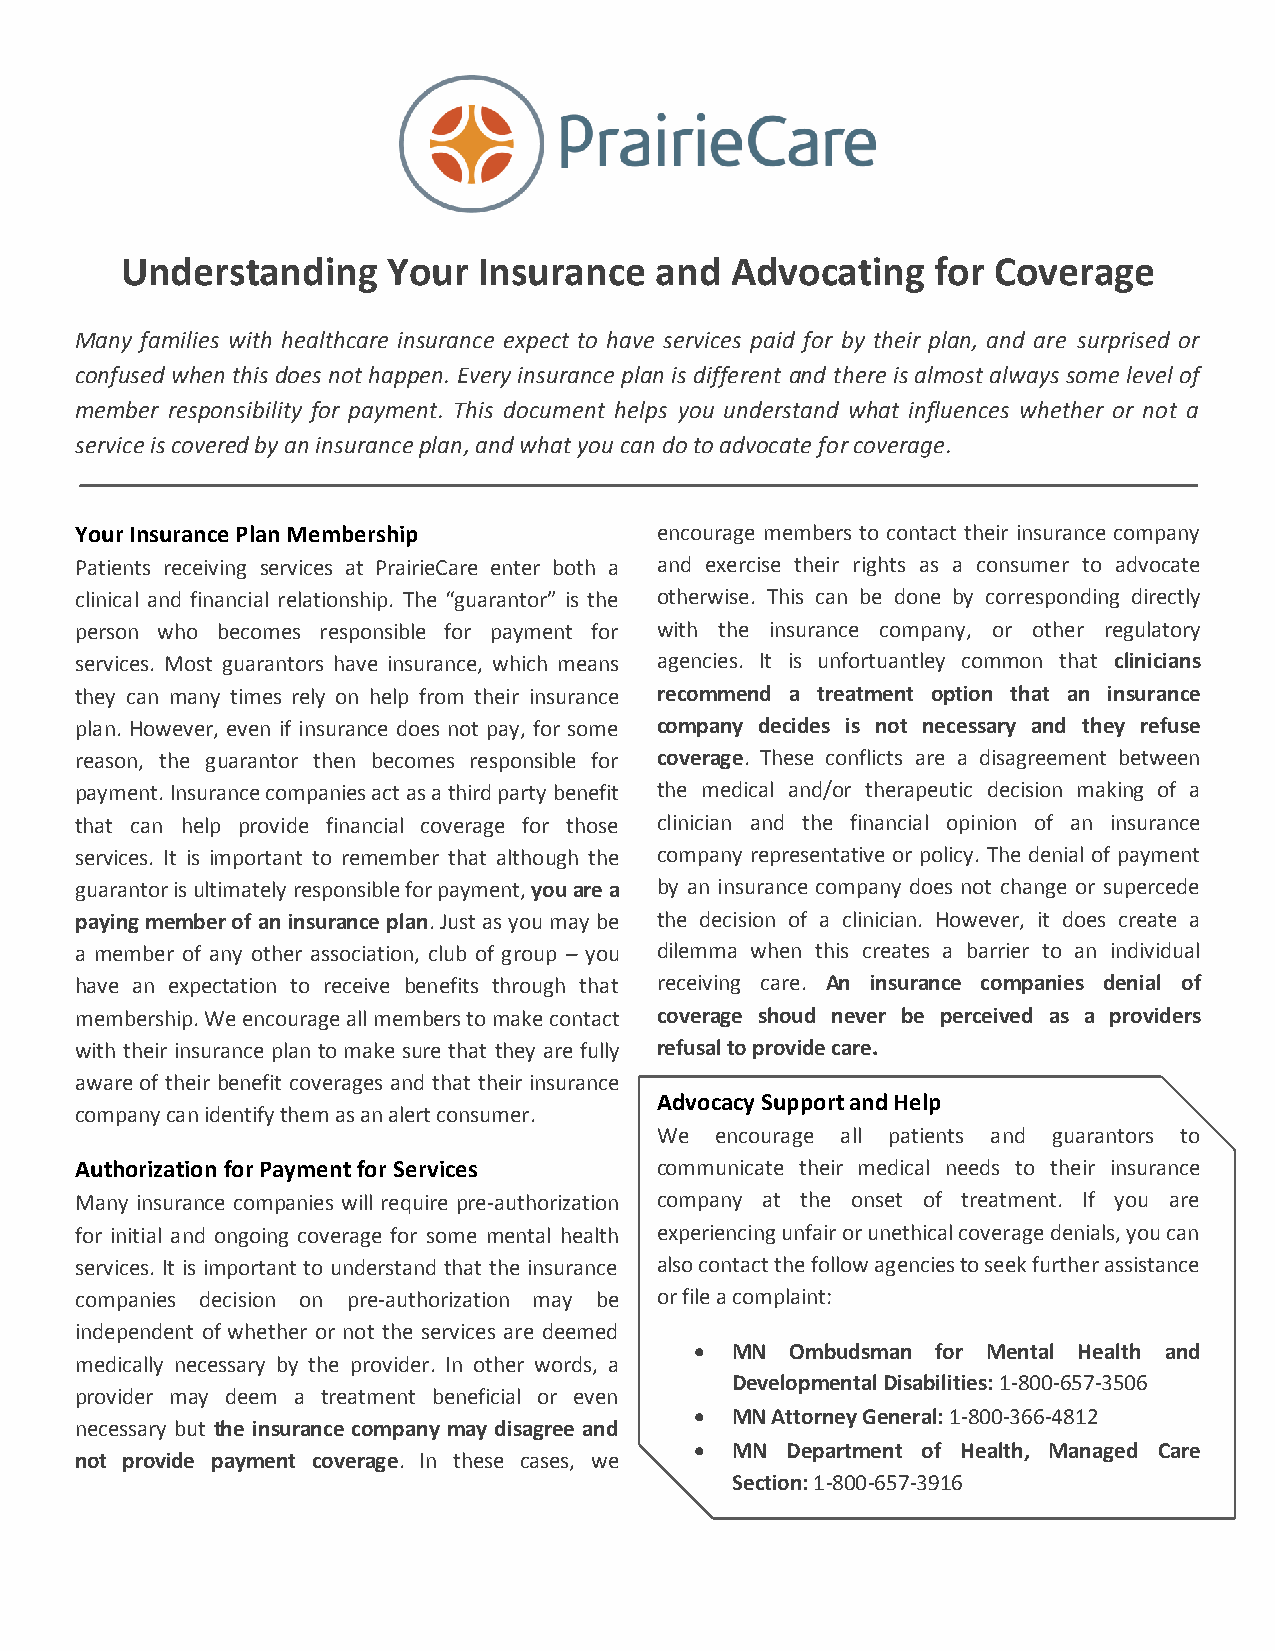
Understanding     Your  Insurance  and  Advocating    for Coverage
 Many families with healthcare insurance expect to have services paid for by their plan, and are surprised or
 confused when this does not happen. Every insurance plan is different and there is almost always some level of
 member responsibility for payment. This document helps you understand what influences whether or not a
 service is covered by an insurance plan, and what you can do to advocate for coverage.
 Your Insurance Plan Membership        encourage members to contact their insurance company
 Patients receiving services at PrairieCare enter both a and exercise their rights as a consumer to advocate
 clinical and financial relationship. The “guarantor” is the otherwise. This can be done by corresponding directly
 person who becomes responsible for payment for with the insurance company, or other regulatory
 services. Most guarantors have insurance, which means agencies. It is unfortuantley common that clinicians
 they can many times rely on help from their insurance recommend a treatment option that an insurance
 plan. However, even if insurance does not pay, for some company decides is not necessary and they refuse
 reason, the guarantor then becomes responsible for coverage. These conflicts are a disagreement between
 payment. Insurance companies act as a third party benefit the medical and/or therapeutic decision making of a
 that can help provide financial coverage for those clinician and the financial opinion of an insurance
 services. It is important to remember that although the company representative or policy. The denial of payment
 guarantor is ultimately responsible for payment, you are a by an insurance company does not change or supercede
 paying member of an insurance plan. Just as you may be the decision of a clinician. However, it does create a
 a member of any other association, club of group – you dilemma when this creates a barrier to an individual
 have an expectation to receive benefits through that receiving care. An insurance companies denial of
 membership. We encourage all members to make contact coverage shoud never be perceived as a providers
 with their insurance plan to make sure that they are fully refusal to provide care.
 aware of their benefit coverages and that their insurance
 Advocacy Support and Help
 company can identify them as an alert consumer.
 We  encourage all patients and guarantors to
 Authorization for Payment for Services communicate their medical needs to their insurance
 Many insurance companies will require pre-authorization company at the onset of treatment. If you are
 for initial and ongoing coverage for some mental health experiencing unfair or unethical coverage denials, you can
 services. It is important to understand that the insurance also contact the follow agencies to seek further assistance
 companies decision on pre-authorization may be or file a complaint:
 independent of whether or not the services are deemed
  MN  Ombudsman for Mental Health and
 medically necessary by the provider. In other words, a
 Developmental Disabilities: 1-800-657-3506
 provider may deem a treatment beneficial or even
  MN Attorney General: 1-800-366-4812
 necessary but the insurance company may disagree and
  MN  Department of Health, Managed Care
 not provide payment coverage. In these cases, we
 Section: 1-800-657-3916